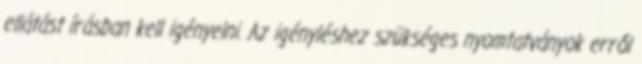
ellátást írásban kell igényelni. Az igényléshez szükséges nyomtatványok erről